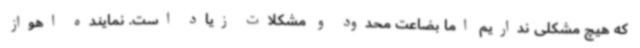
که هیچ مشکلی نداریم اما بضاعت محدود و مشکلات زیاد است. نماینده اهواز